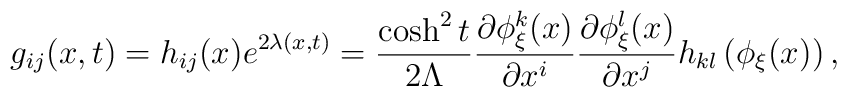
g_{ij}(x,t)=h_{ij}(x)e^{2\lambda(x,t)}=\frac{\cosh^{2}t}{2\Lambda}      \frac{\partial\phi_{\xi}^{k}(x)}{\partial x^{i}}	  \frac{\partial\phi_{\xi}^{l}(x)}{\partial x^{j}}	  h_{kl}\left(\phi_{\xi}(x)\right),